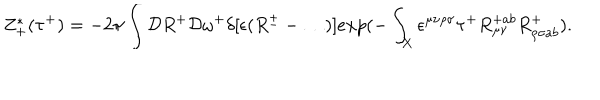
Z _ { + } ^ { * } ( \tau ^ { + } ) = - 2 \pi \int { \cal D } R ^ { + } { \cal D } \omega ^ { + } \delta [ \epsilon ( R ^ { \pm } - \dots ) ] e x p ( - \int _ { X } \epsilon ^ { \mu \nu \rho \sigma } \tau ^ { + } R _ { \mu \nu } ^ { + a b } R _ { \rho \sigma a b } ^ { + } ) .